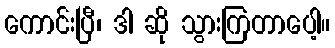
ကောင်းပြီ၊ ဒါ ဆို သွားကြတာပေါ့။